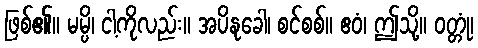
ဖြစ်၏။ မမ္ပိ၊ ငါ့ကိုလည်း။ အပိနုခေါ၊ စင်စစ်။ ဧဝံ၊ ဤသို့။ ဝတ္တုံ၊